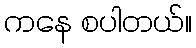
ကနေ စပါတယ်။